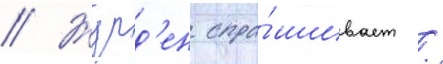
// Журд'ен спра́шивает /